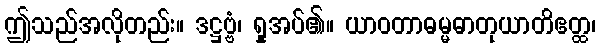
ဤသည်အလိုတည်း။ ဒဋ္ဌဗ္ဗံ၊ ရှုအပ်၏။ ယာဝတာဓမ္မဓာတုယာတိဧတ္ထ၊